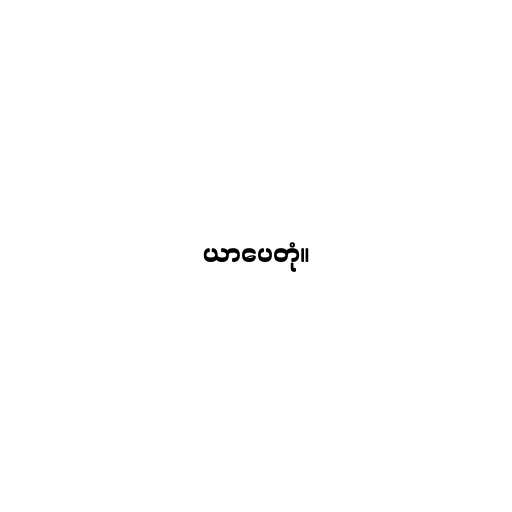
ယာပေတုံ။